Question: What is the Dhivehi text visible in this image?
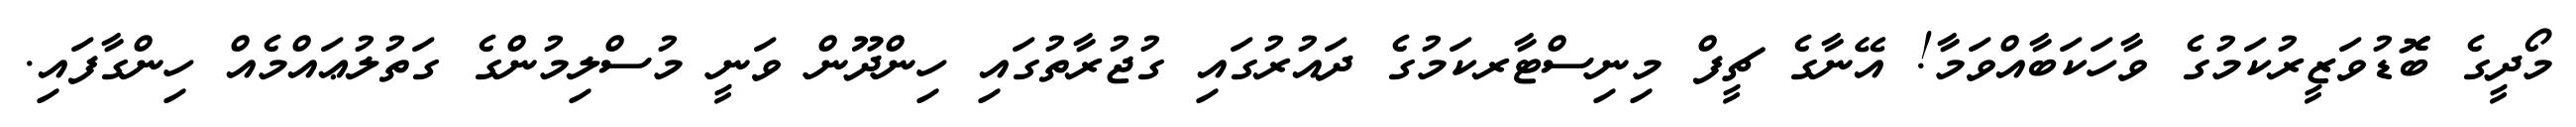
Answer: މޯދީގެ ބޮޮޑުވަޒީރުކަމުގެ ވާހަކަބާއްވަމާ! އޭނާގެ ޗީފް މިނިސްޓާރކަމުގެ ދައުރުގައި ގުޖުރާތުގައި ހިންދޫން ވަނީ މުސްލިމުންގެ ގަތުލުޢައްމެއް ހިންގާފައި.